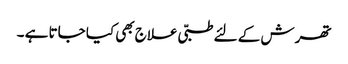
تھرش کے لئے طبّی علاج بھی کیا جاتا ہے ۔